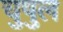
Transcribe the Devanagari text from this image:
चुषुल